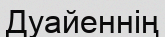
Дуайеннің